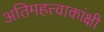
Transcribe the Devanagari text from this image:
अतिमहत्त्वाकांक्षी